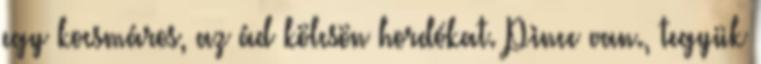
egy kocsmáros, az ád kölcsön hordókat. Pince van., tegyük